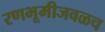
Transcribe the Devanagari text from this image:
रणभूमीजवळच